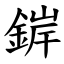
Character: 錌